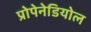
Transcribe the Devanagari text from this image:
प्रोपेनेडियोल